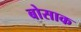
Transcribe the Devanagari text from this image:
बोसाक